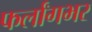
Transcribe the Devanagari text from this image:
फर्लांगभर